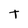
Character: t